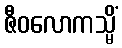
ဇီဝလောကသ္မိံ